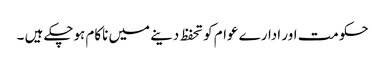
حکومت اور ادارے عوام کو تحفظ دینے میں ناکام ہوچکے ہیں ۔